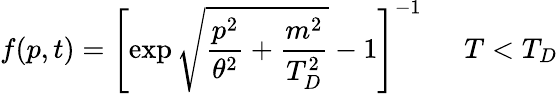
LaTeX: f(p,t)=\left[\exp\sqrt{\frac{p^{2}}{\theta^{2}}+\frac{m^{2}}{T_{D}^{2}}}-1\right]^{-1}\ \ \ \ \ \ T<T_{D}